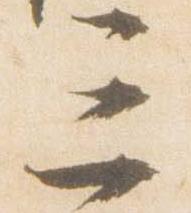
三